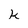
Character: k